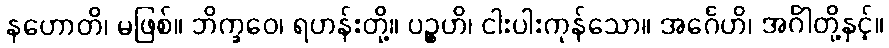
နဟောတိ၊ မဖြစ်။ ဘိက္ခဝေ၊ ရဟန်းတို့။ ပဉ္စဟိ၊ ငါးပါးကုန်သော။ အင်္ဂေဟိ၊ အင်္ဂါတို့နှင့်။